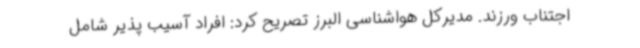
اجتناب ورزند. مدیرکل هواشناسی البرز تصریح کرد: افراد آسیب پذیر شامل